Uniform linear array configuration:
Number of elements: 32
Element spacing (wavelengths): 1
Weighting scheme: kaiser
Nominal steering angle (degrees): -30
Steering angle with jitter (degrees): -31.472
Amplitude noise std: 0.05
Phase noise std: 0.05

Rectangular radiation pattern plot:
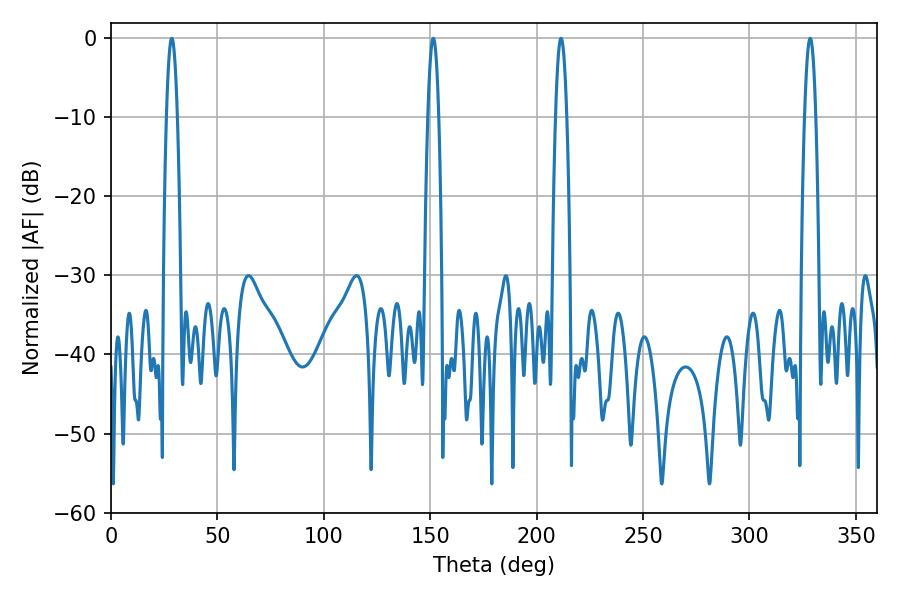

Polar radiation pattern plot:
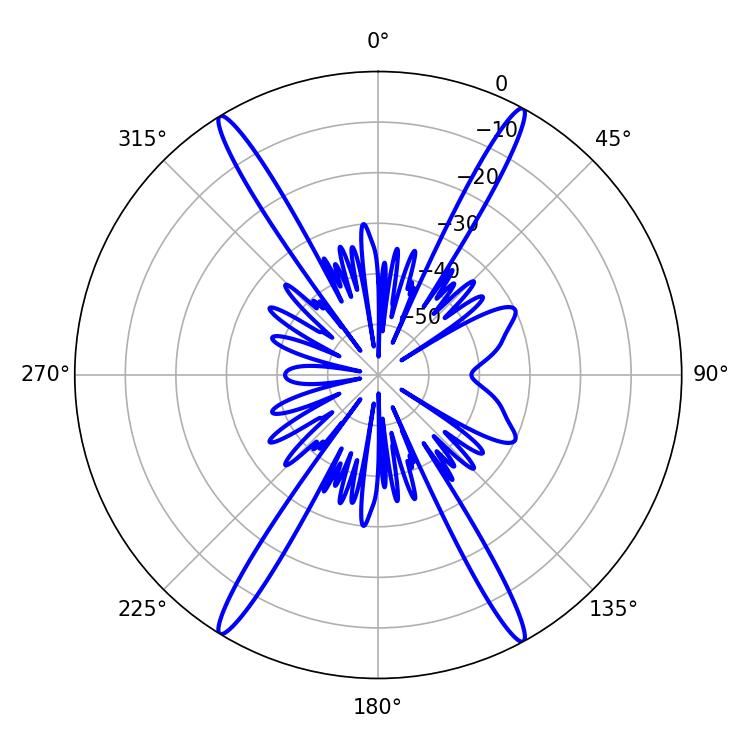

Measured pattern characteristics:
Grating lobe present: TRUE
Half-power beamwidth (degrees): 2.88
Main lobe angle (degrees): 328.5